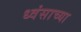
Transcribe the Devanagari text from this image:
ध्वंसाच्या